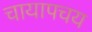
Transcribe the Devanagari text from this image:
चायापचय